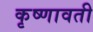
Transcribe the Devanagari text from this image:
कृष्णावती